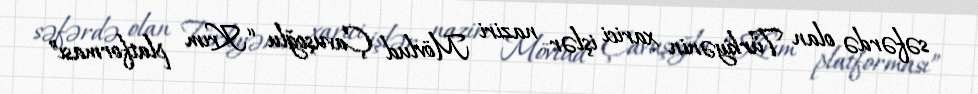
səfərdə olan Türkiyənin xarici işlər naziri Mövlud Çavuşoğlu “Krım platforması”